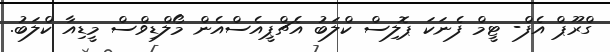
ގްރޫޕް އެފް- ޓީމް ފެނަކަ ޕޮލިސް ކްލަބު އެޗްޕީއެސްއެން މޯލްޑިވްސް މީޑިއާ ކްލަބު.